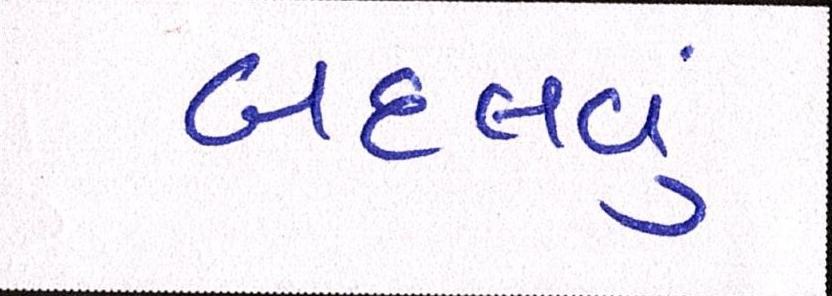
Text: બદલવું